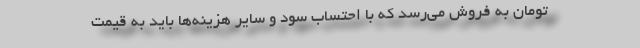
تومان به فروش می‌رسد که با احتساب سود و سایر هزینه‌ها باید به قیمت